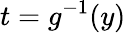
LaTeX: t=g^{-1}(y)